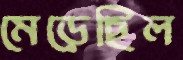
মেড়েছিল